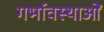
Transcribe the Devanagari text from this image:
गर्भावस्‍थाओं